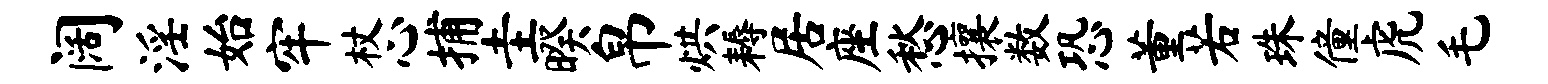
阔淫始牢杖心捕圭暌帛烘耨居座愁攘数恐董若珠僮虎毛